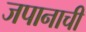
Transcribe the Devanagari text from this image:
जपानाची